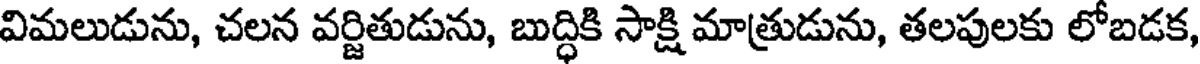
విమలుడును, చలన వర్జితుడును, బుద్ధికి సాక్షి మాత్రుడును, తలపులకు లోబడక,